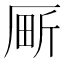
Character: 𫨍